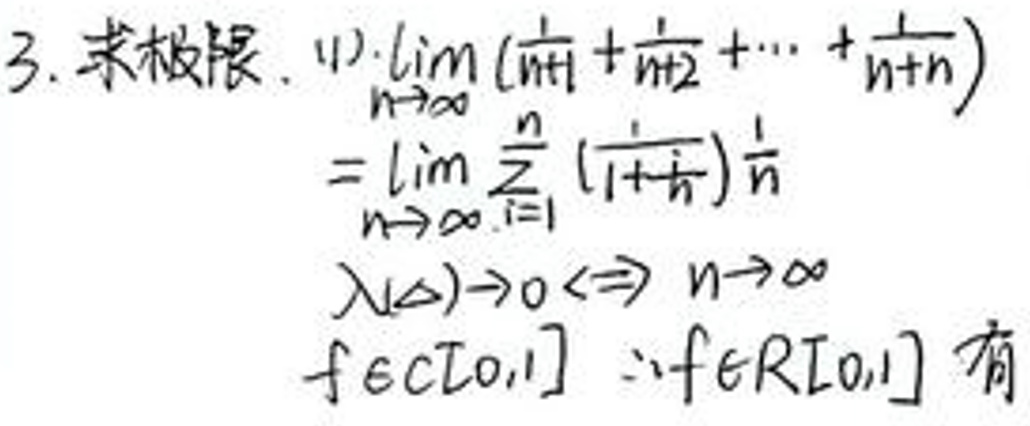
3. 求极限\(.\ (1)\lim_{n \to \infty} (\frac{1}{\sqrt{n + 1}} + \frac{1}{\sqrt{n + 2}} + \cdots + \frac{1}{\sqrt{n + n}})\)\\
\(=\lim_{n \to \infty} \frac{1}{n} \sum_{i = 1}^{n} (1 + \frac{i}{n})^{\frac{1}{2}}\)\\
\(\lambda \to 0 \Leftrightarrow n \to \infty\)\\
\(f \in C[0,1] \Rightarrow f \in R[0,1] \)有